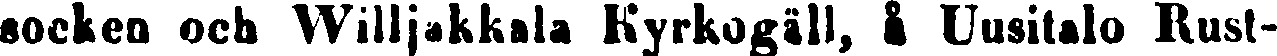
socken och Willjakkala Kyrkogäll, å Uusitalo Rust-